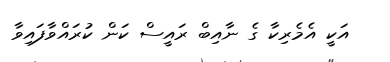
އަކީ އެމެރިކާ ގެ ނާއިބް ރައީސް ކަން ކުރައްވާފައިވާ